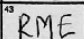
Transcription: RME